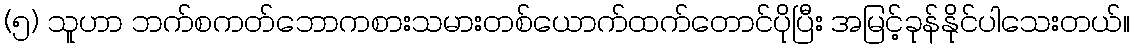
(၅) သူဟာ ဘက်စကတ်ဘောကစားသမားတစ်ယောက်ထက်တောင်ပိုပြီး အမြင့်ခုန်နိုင်ပါသေးတယ်။